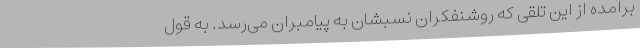
برآمده از این تلقی که روشنفکران نسبشان به پیامبران می‌رسد. به قول